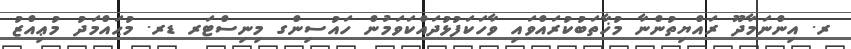
ރ. އިންނަމާދޫ ރައްޔިތުންނާ މުޚާތަބުކުރައްވައި ވާހަކަފުޅުދައްކަވަމުން ހައުސިންގ މިނިސްޓަރ ޑރ. މުޙައްމަދު މުޢިއްޒު